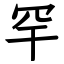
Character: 罕